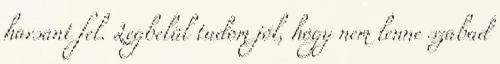
harsant fel. Legbelül tudom jól, hogy nem lenne szabad